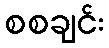
စစချင်း